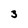
Character: 3